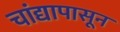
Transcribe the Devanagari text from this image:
चांद्यापासून